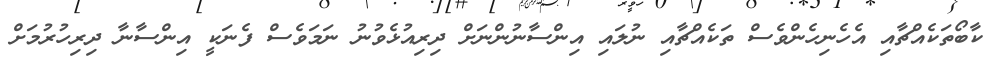
ކާބޯތަކެއްޗާއި އެހެނިހެންވެސް ތަކެއްޗާއި ނުލައި އިންސާނުންނަށް ދިރިއުޅެވުނު ނަމަވެސް ފެނަކީ އިންސާނާ ދިރިހުރުމަށް